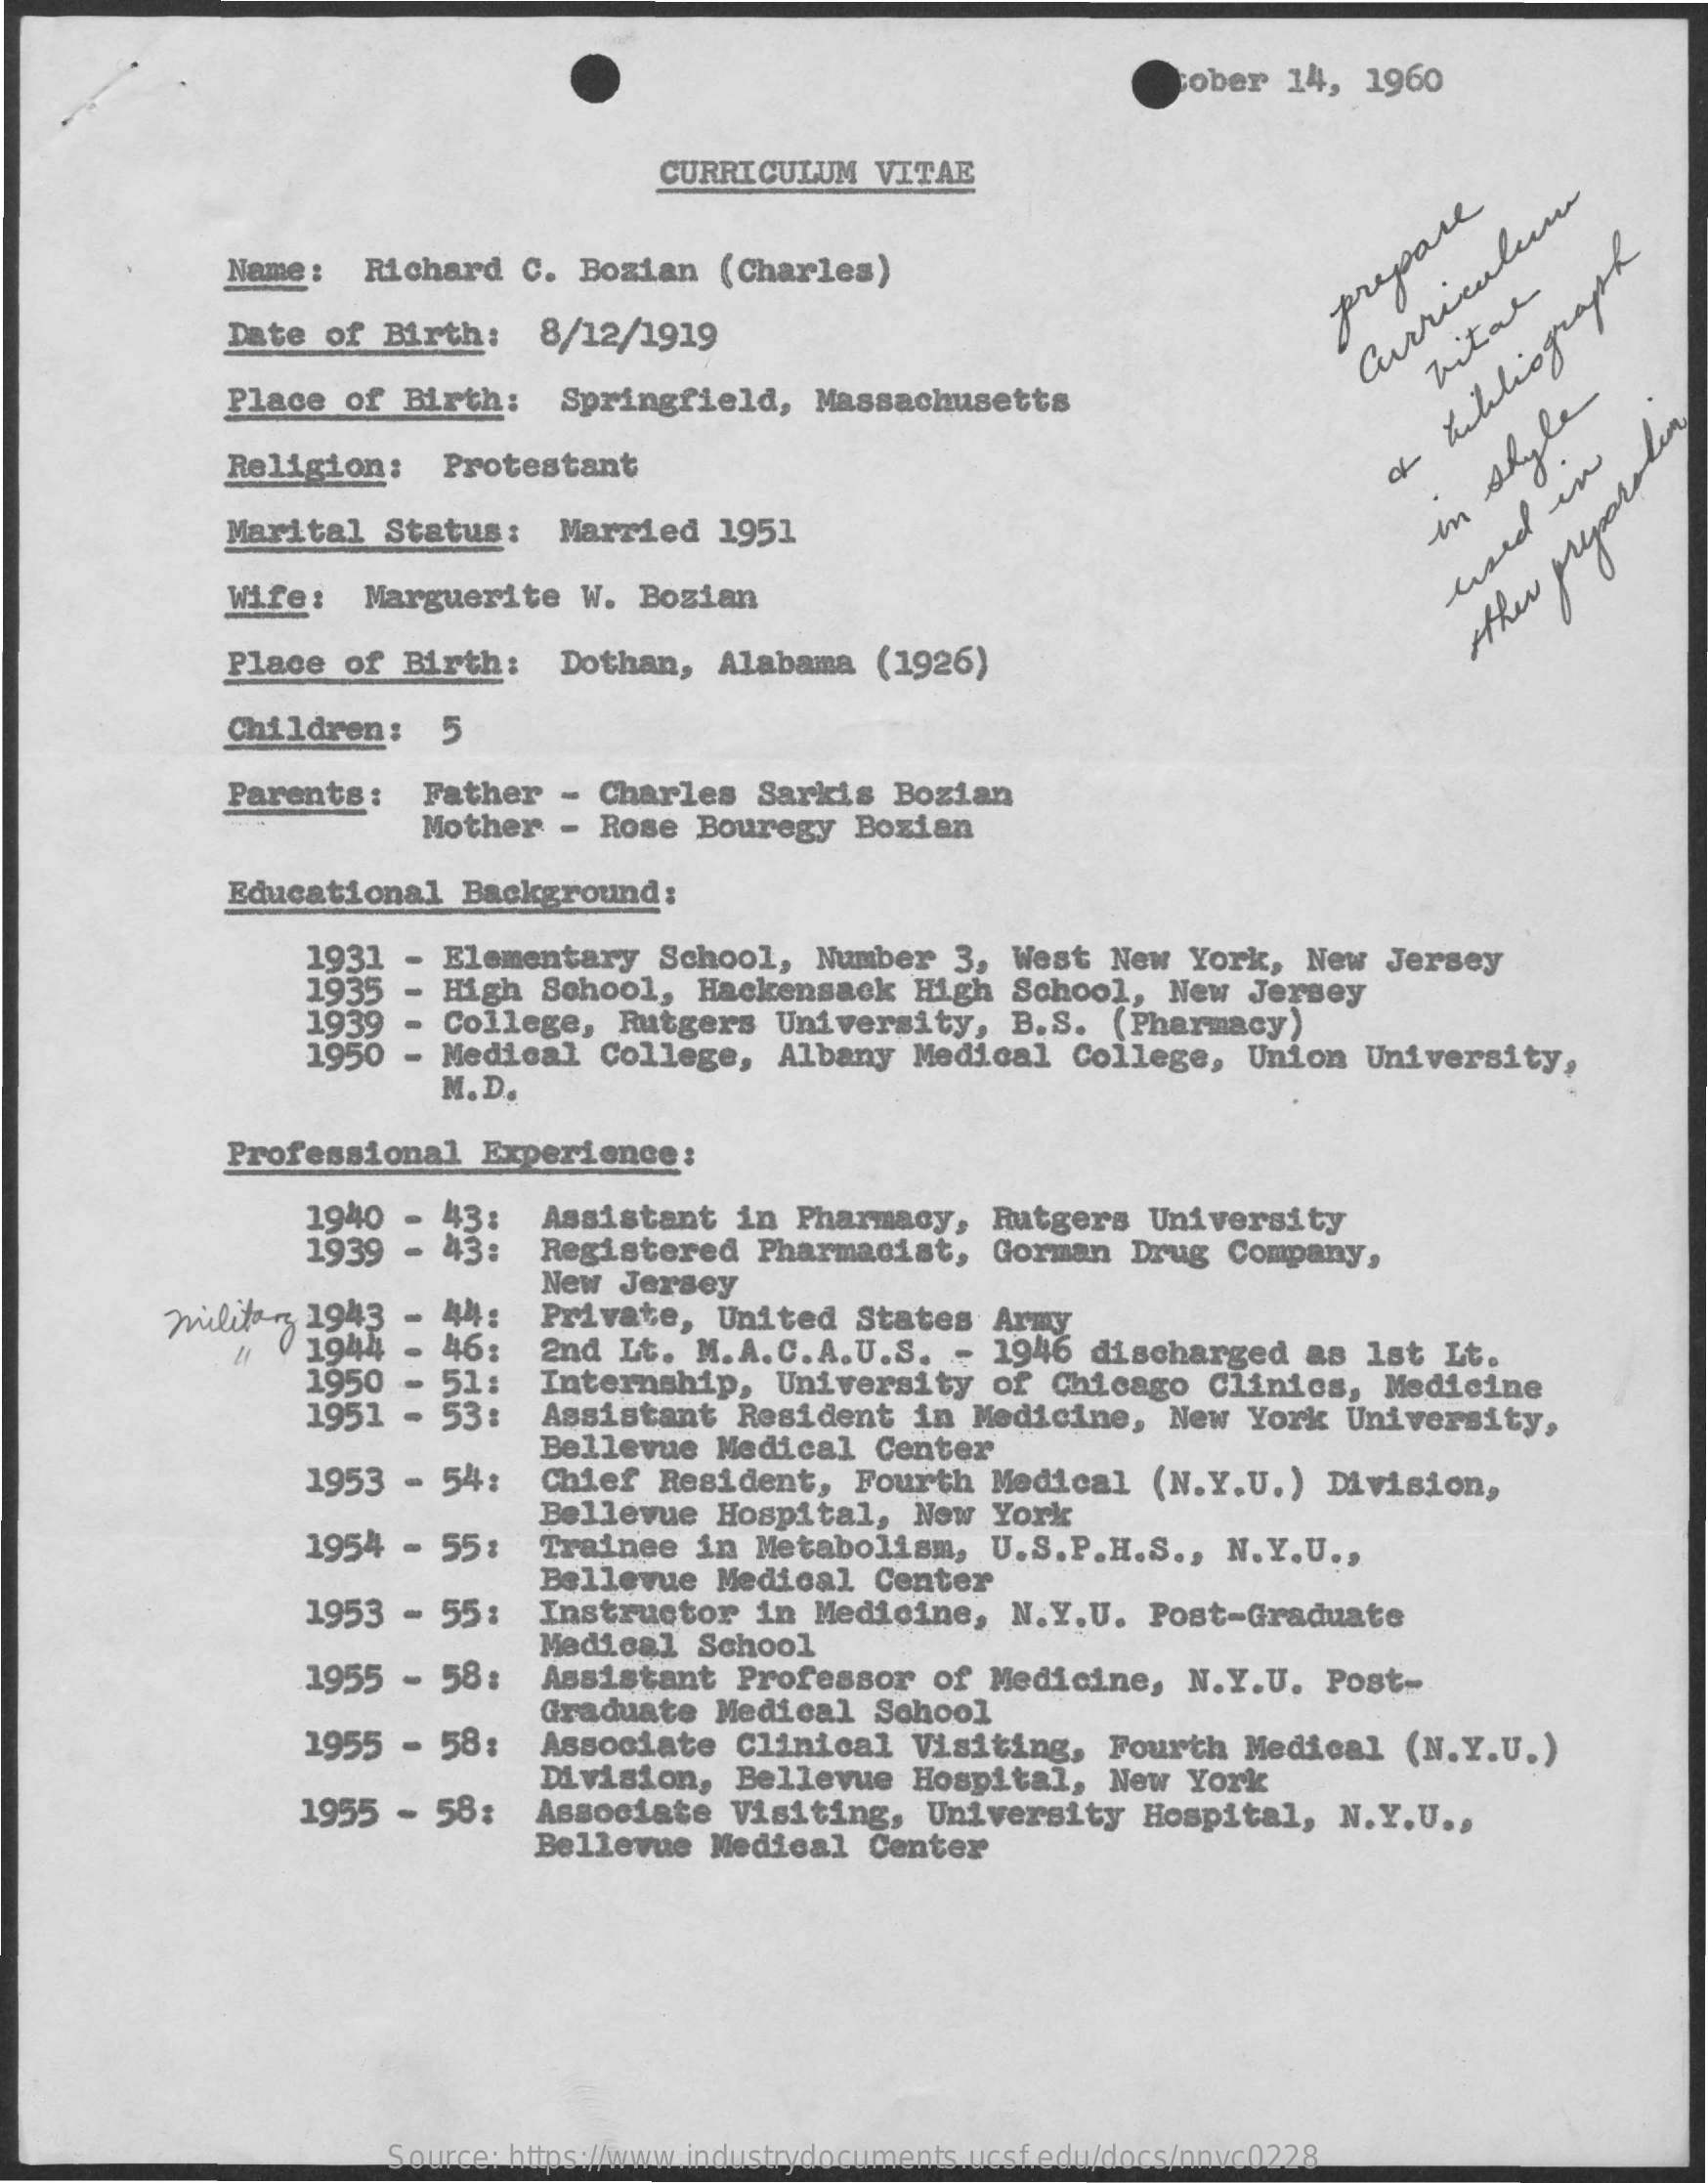
ober  14,  1960
     CURRICULUM    VITAE
     Name:   Richard   C.  Bozian   (Charles)
     Date  of Birth:    8/12/1919
     prepare
     Place  of  Birth:    Springfield,    Massachusetts
     Curriculum Vital
     Religion:    Protestant
     Marital   Status:    Married    1951    in
     Style
     Wife:   Marguerite    W. Bozian
     Place  of Birth:    Dothan,    Alabama   (1926)
     the
     preparodem
     Children:
     Parents:    Father   - Charles   Sarkis   Bozian
     Mother   - Rose  Bouregy   Bozian
     Educational   Background:
     1931  - Elementary    School,   Number   3, West  New   York,  New  Jersey
     1935  - High  School,   Hackensack    High  School,   New  Jersey
     1939
     1950
     College,   Rutgers   University,    B.S.   (Pharmacy)
     - Medical   College,   Albany   Medical   College,   Union   University,
     M.D.
     Professional    Experience:
     1940  - 43:
     1939  - 43:
     Assistant   in Pharmacy,    Rutgers   University
     Registered    Pharmacist,    Gorman   Drug  Company,
     militar  1943  - 44:
     New  Jersey
     / 1944    46:
     Private,    United  States   Army
     1950  - 51:
     2nd  Lt.  M.A.C.A.U.S.    - 1946  discharged    as  Ist  Lt.
     1951  - 53:
     Internship,    University    of  Chicago   Clinics,   Medicine
     Assistant    Resident   in  Medicine,   New  York   University,
     1953  - 54:
     Bellevue   Medical    Center
     Chief  Resident,   Fourth   Medical   (N.Y.U.)   Division,
     1954  - 55:
     Bellevue  Hospital,    New  York
     Trainee   in  Metabolism,    U.S.P.H.S   ., N.Y.U  .,
     Bellevue   Medical   Center
     1953 -  55:   Instructor    in  Medicine,   N.Y.U.   Post-Graduate
     1955  - 58:
     Medical   School
     Assistant    Professor   of  Medicine,   N.Y.U.   Post-
     1955  - 58:
     Graduate   Medical    School
     Associate    Clinical   Visiting,   Fourth   Medical   (N.Y.U.)
     1955  -  58:
     Division,    Bellevue   Hospital,   New  York
     Associate   Visiting,    University   Hospital,    N.Y.U  .,
     Bellevue   Medical   Center
     Source: https://www.industrydocuments.ucsf.edu/docs/nnvc0228